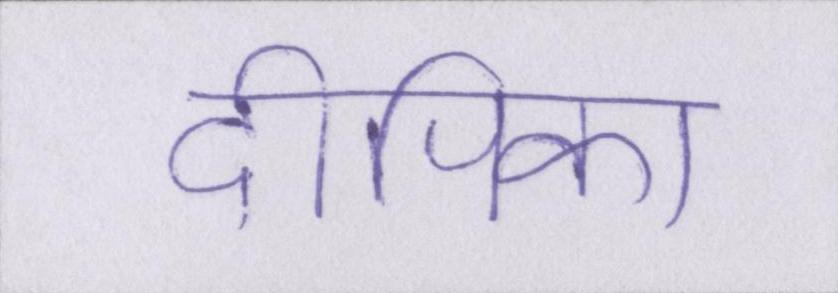
दीपिका